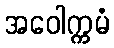
အဝေါက္ကမံ